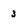
Character: 3